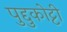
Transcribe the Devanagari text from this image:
पुद्दुकोट्टी